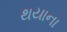
થયાના